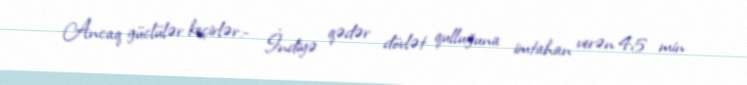
Ancaq güclülər keçirlər.- İndiyə qədər dövlət qulluğuna imtahan verən 45 min